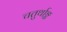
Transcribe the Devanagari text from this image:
चतुर्थाङ्क